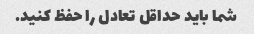
شما باید حداقل تعادل را حفظ کنید.